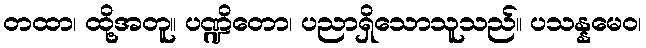
တထာ၊ ထို့အတူ။ ပဏ္ဍိတော၊ ပညာရှိသောသူသည်။ ပသန္နမေဝ၊